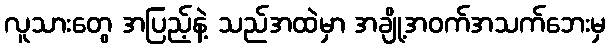
လူသားတွေ အပြည့်နဲ့ သည်အထဲမှာ အချို့အဝက်အသက်ဘေးမှ